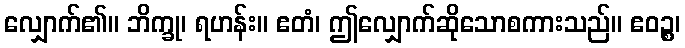
လျှောက်၏။ ဘိက္ခု၊ ရဟန်း။ ဧတံ၊ ဤလျှောက်ဆိုသောစကားသည်။ ဧဝဉ္စ၊